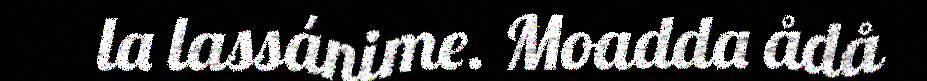
la lassánime. Moadda ådå